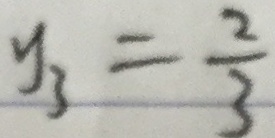
y _ { 3 } = \frac { 2 } { 3 }